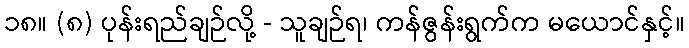
၁၈။ (၈) ပုန်းရည်ချဉ်လို့ - သူချဉ်ရ၊ ကန်ဇွန်းရွက်က မယောင်နှင့်။